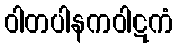
ဝါတပါနကဝါဋကံ